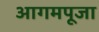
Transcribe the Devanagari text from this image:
आगमपूजा